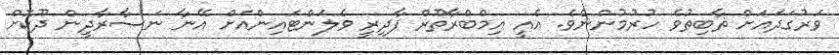
ވަރުގަދައަށް ޡާބިތުވެ ހުރުމުންނެވެ. އެއީ އިމްބްރާތޫރް ފާދިރީ ވެލަންޓައިންއަށް އޭނާ ނަޞާރާދީން ދޫކޮށް